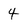
Character: 4